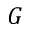
G